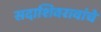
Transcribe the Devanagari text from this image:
सदाशिवरावांचे